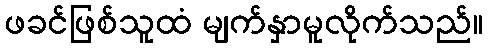
ဖခင်ဖြစ်သူထံ မျက်နှာမူလိုက်သည်။